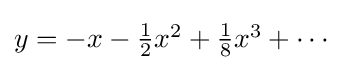
{\textstyle y=-x-{\frac {1}{2}}x^{2}+{\frac {1}{8}}x^{3}+\cdots }